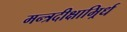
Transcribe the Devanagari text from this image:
मन्त्रदीक्षाभिर्र्ध